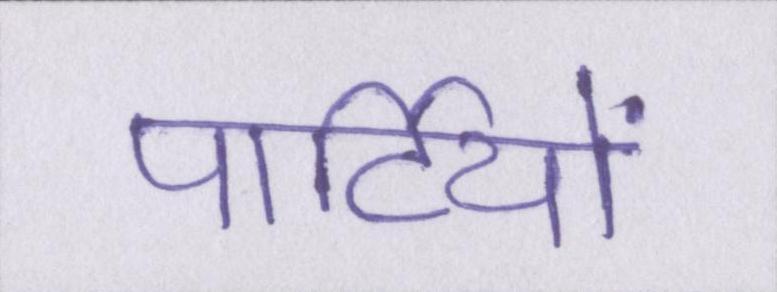
पार्टियों